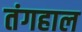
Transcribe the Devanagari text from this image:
तंगहाल